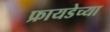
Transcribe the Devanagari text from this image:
फ्रायडेच्या